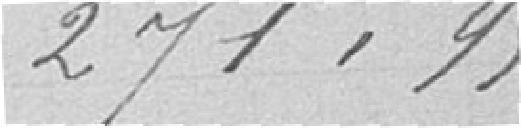
271,99